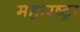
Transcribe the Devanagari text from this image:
महारष्ट्रा